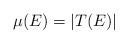
LaTeX: \begin{align*}\mu(E)=|T(E)|\end{align*}